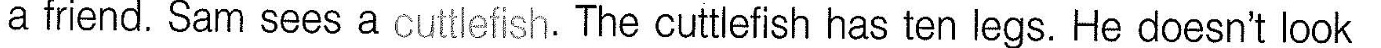
a friend. Sam sees a cuttlefish. The cuttlefish has ten legs. He doesn't look